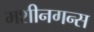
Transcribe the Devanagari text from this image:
मशीनगन्स